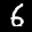
Label: 6